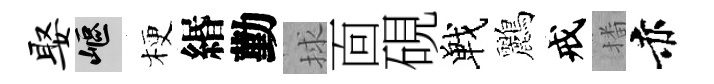
娶嶇梗緡勤捄靣硯戰鸝戒播赤